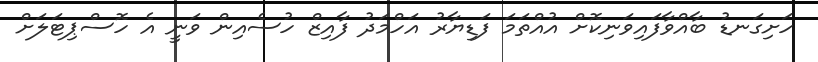
ހަށިގަނޑު ބާއްވާފައިވަނިކޮށް އުއްތަމަ ފަޑިޔާރު އަހްމަދު ފާއިޒް ހުސެއިން ވަނީ އެ ހޮސްޕިޓަލަށް